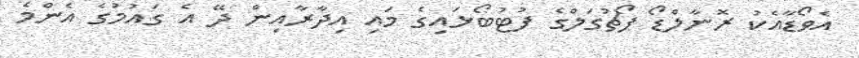
އެވޯޑާއެކު ރޮނާލްޑޯ ޕޯޗުގަލްގެ ފުޓުބޯޅައިގެ މައި އިދާރާއިން ދޭ އެ ގައުމުގެ އެންމެ